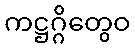
ကဋ္ဌဂ္ဂိတွေဝ